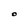
Character: O